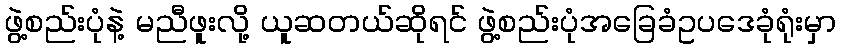
ဖွဲ့စည်းပုံနဲ့ မညီဖူးလို့ ယူဆတယ်ဆိုရင် ဖွဲ့စည်းပုံအခြေခံဥပဒေခုံရုံးမှာ